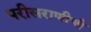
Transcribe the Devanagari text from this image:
परीसराणीची